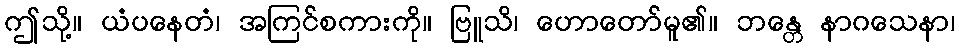
ဤသို့။ ယံပနေတံ၊ အကြင်စကားကို။ ဗြူသိ၊ ဟောတော်မူ၏။ ဘန္တေ နာဂသေနာ၊